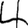
Digit: 4